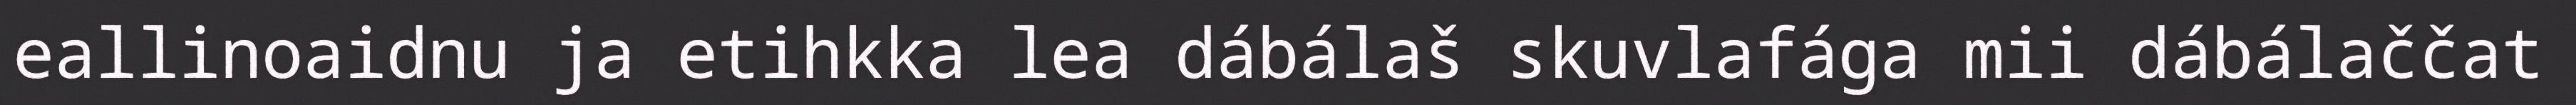
eallinoaidnu ja etihkka lea dábálaš skuvlafága mii dábálaččat